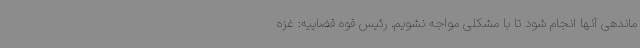
ماندهی آنها انجام شود تا با مشکلی مواجه نشویم. رئیس قوه قضاییه: غزه